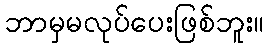
ဘာမှမလုပ်ပေးဖြစ်ဘူး။